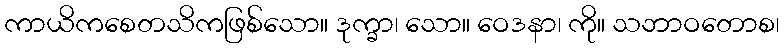
ကာယိကစေတသိကဖြစ်သော။ ဒုက္ခာ၊ သော။ ဝေဒနာ၊ ကို။ သဘာဝတောစ၊